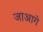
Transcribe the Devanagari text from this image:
जाआगे